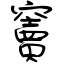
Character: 竇